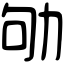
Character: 劬